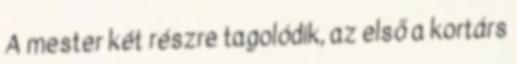
A mester két részre tagolódik, az első a kortárs